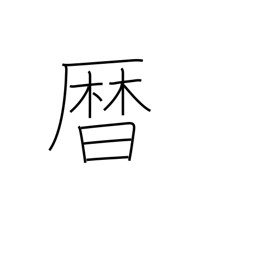
Meaning: calendar